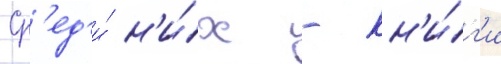
Ср'ед'и́ н'и́х - кн'и́г'и